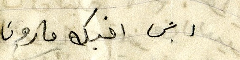
ابن اخيك مارون